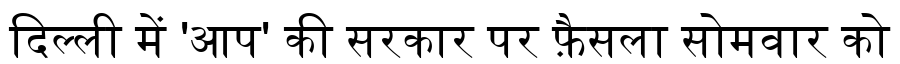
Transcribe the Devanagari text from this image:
दिल्ली में 'आप' की सरकार पर फ़ैसला सोमवार को